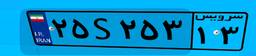
۹۵S۵۲۹۳۶